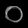
Digit: ၀